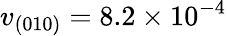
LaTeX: v_{(010)}=8.2\times 10^{-4}